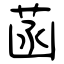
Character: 菡